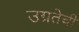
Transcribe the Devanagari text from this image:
उग्रतेची